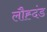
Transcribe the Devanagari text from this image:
लौह्दंड